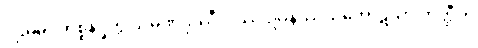
ပဌမမဂ္ဂကိစ္စနိပ္ဖတ္တိ သမဏဒုဿီလဿ ဥပနိဿယကောဋိယာ ဟတ္ထီတိ